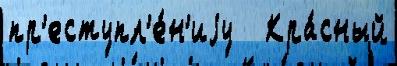
пр'еступл'е́н'иjу   Кра́сный